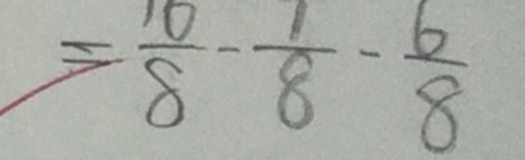
= \frac { 1 0 } { 8 } - \frac { 1 } { 8 } - \frac { 6 } { 8 }